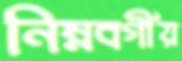
নিম্নবর্গীয়